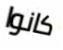
كانوا